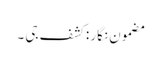
مضمون نگار : کشف جی ۔